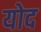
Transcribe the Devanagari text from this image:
योद